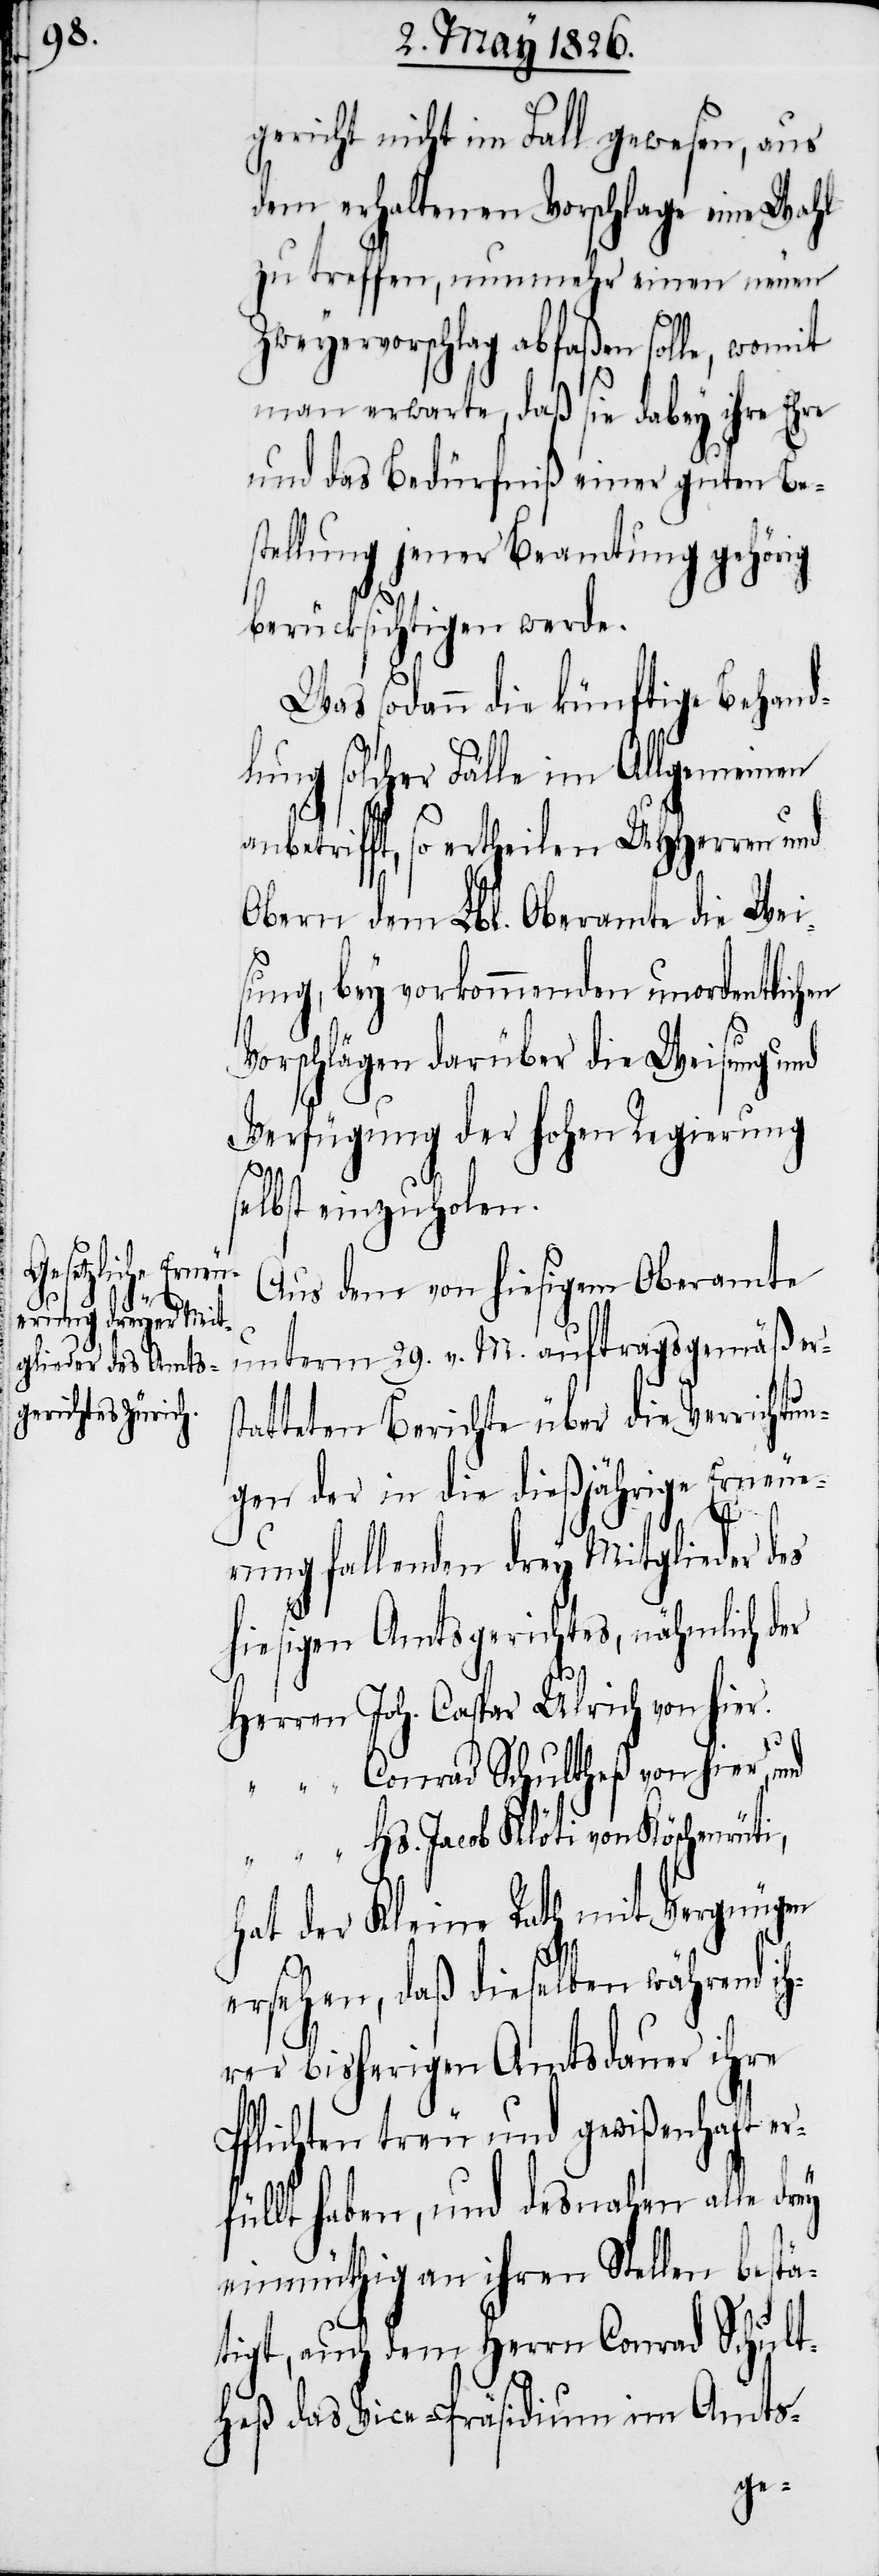
gericht nicht im Fall gewesen, aus
dem erhaltenen Vorschlage eine Wahl
zu treffen, nunmehr einen neuen
Zweyervorschlag abfaßen solle, womit
man erwarte, daß sie dabey ihre Ehre
und das Bedürfniß einer guten Be¬
stellung jener Beamtung gehörig
berücksichtigen werde.
Was sodann die künftige Behand¬
lung solcher Fälle im Allgemeinen
anbetrifft, so ertheilen, UHHerren und
Obern dem Lbl. Oberamte die Wei¬
sung, bey vorkommenden unordentlichen
Vorschlägen darüber die Weisung und
Verfügung der hohen Regierung
selbst einzuholen.
Aus dem von hiesigem Oberamte
unterm 29. v. M. auftragsgemäß ers¬
tatteten Berichte über die Verrichtun¬
gen der in die dießjährige Erneue¬
rung fallenden drey Mitglieder des
hiesigen Amtsgerichtes, nähmlich der
Herren	Joh. Caspar Ulrich von hier.
“		Conrad Schultheß von hier,
Jacob Klöti von Köschenrüti,
hat der Kleine Rath mit Vergnügen
ersehen, daß dieselben während ih¬
rer bisherigen Amtsdauer ihre
Pflichten treu und gewißenhaft er¬
füllt haben, und desnahen alle drey
einmüthig an ihren Stellen bestä¬
tigt, auch dem Herrn Conrad Schult¬
heß das Vice-Präsidium im Amts-